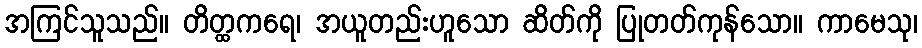
အကြင်သူသည်။ တိတ္ထကရေ၊ အယူတည်းဟူသော ဆိတ်ကို ပြုတတ်ကုန်သော။ ကာမေသု၊